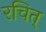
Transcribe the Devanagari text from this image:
रचित्